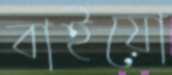
বাইয়ো